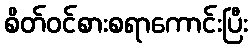
စိတ်ဝင်စားစရာကောင်းပြီး